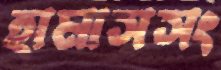
হামাসসং